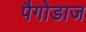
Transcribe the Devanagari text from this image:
पैगोडाज